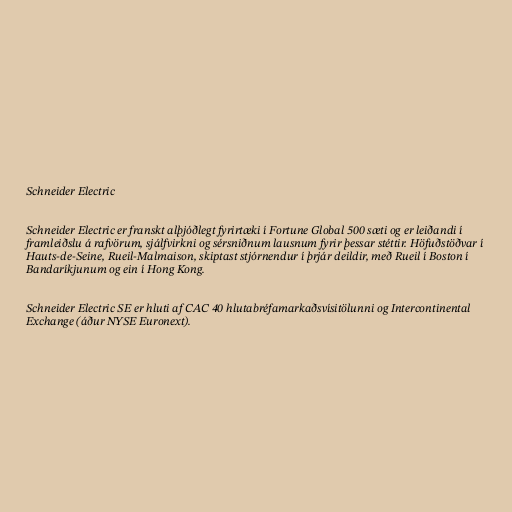
Schneider Electric

Schneider Electric er franskt alþjóðlegt fyrirtæki í Fortune Global 500 sæti og er leiðandi í
framleiðslu á rafvörum, sjálfvirkni og sérsniðnum lausnum fyrir þessar stéttir. Höfuðstöðvar í
Hauts-de-Seine, Rueil-Malmaison, skiptast stjórnendur í þrjár deildir, með Rueil í Boston í
Bandaríkjunum og ein í Hong Kong.

Schneider Electric SE er hluti af CAC 40 hlutabréfamarkaðsvísitölunni og Intercontinental
Exchange (áður NYSE Euronext).